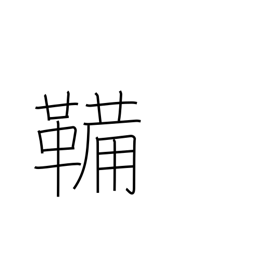
Meaning: bellows